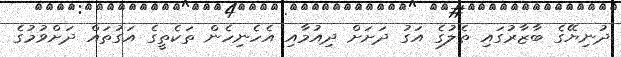
ދުނިޔޭގެ ބާޒާރުގައި ތެލުގެ އަގު ދަށަށް ދިއުމާއި އެހެނިހެން ތަކެތީގެ އަގުތައް ދަށްވުމުގެ